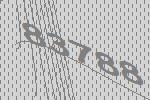
83788